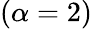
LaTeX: (\alpha=2)